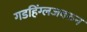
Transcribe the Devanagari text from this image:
गडहिंग्लजवरुन